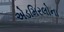
એડમિરલોના